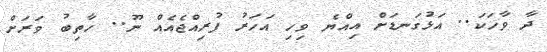
ދާ ވާހަކަ.. އަޅުގަނޑަށް އިއްޔެ ވިހި އަހަރު ފުރިއްޖެއެއް ނޫ.. ހާތިބު ވަރަށް